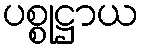
ပစ္စုဋ္ဌာယ